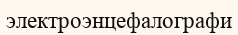
электроэнцефалографи